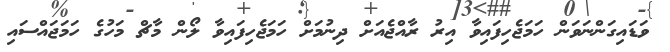
ވަޑައިގަންނަވަން ހަމަޖެހިފައިވާ އިރު ރާއްޖެއަށް ދިނުމަށް ހަމަޖެހިފައިވާ ލޯން މާޗް މަހުގެ ހަމަޖައްސައި